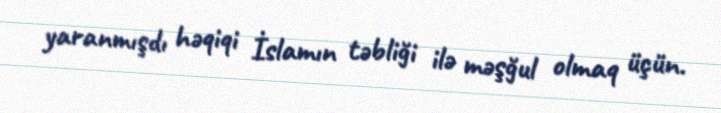
yaranmışdı həqiqi İslamın təbliği ilə məşğul olmaq üçün.